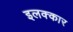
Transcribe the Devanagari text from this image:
इलक्कार